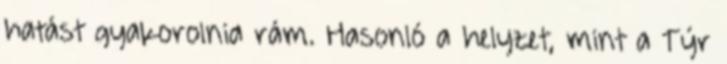
hatást gyakorolnia rám. Hasonló a helyzet, mint a Týr